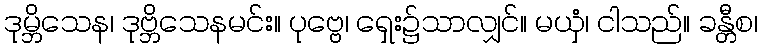
ဒုမ္ဘိသေန၊ ဒုဗ္ဘိသေနမင်း။ ပုဗ္ဗေ၊ ရှေး၌သာလျှင်။ မယှံ၊ ငါသည်။ ခန္တီစ၊